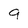
Character: 9